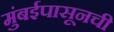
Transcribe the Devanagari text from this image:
मुंबईपासूनची